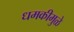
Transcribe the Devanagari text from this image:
धमकीमुळे